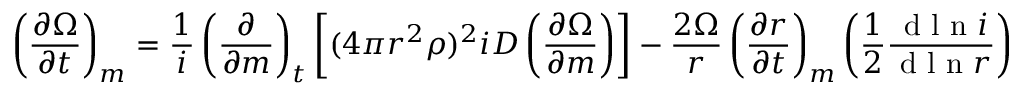
\left( \frac { \partial \Omega } { \partial t } \right) _ { m } = \frac { 1 } { i } \left( \frac { \partial } { \partial m } \right) _ { t } \left[ ( 4 \pi r ^ { 2 } \rho ) ^ { 2 } i D \left( \frac { \partial \Omega } { \partial m } \right) \right] - \frac { 2 \Omega } { r } \left( \frac { \partial r } { \partial t } \right) _ { m } \left( \frac { 1 } { 2 } \frac { \textrm { d l n } i } { \textrm { d l n } r } \right)